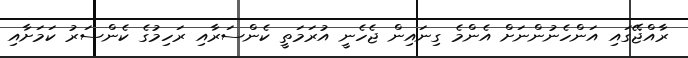
ރާއްޖޭގައި އަންހެނުންނަށް އެންމެ ގިނައިން ޖެހެނީ އުރަމަތީ ކެންސަރާއިި ރަހިމުގެ ކެންސަރު ކަމަށާއި